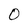
Character: 0